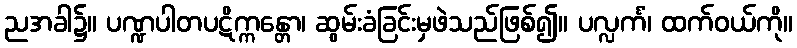
ညအခါ၌။ ပဏ္ဍပါတပဋိက္ကန္တော၊ ဆွမ်းခံခြင်းမှဖဲသည်ဖြစ်၍။ ပလ္လင်္ကံ၊ ထက်ဝယ်ကို။